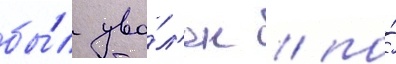
бы́л уво́л'ен / по́